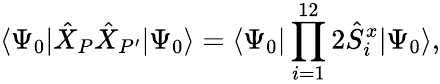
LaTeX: \langle\Psi_{0}|\hat{X}_{P}\hat{X}_{P^{\prime}}|\Psi_{0}\rangle=\langle\Psi_{0}|\prod_{i=1}^{12}2\hat{S}_{i}^{x}|\Psi_{0}\rangle,